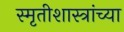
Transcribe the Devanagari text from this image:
स्मृतीशास्त्रांच्या